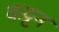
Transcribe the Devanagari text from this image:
कट्टन